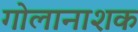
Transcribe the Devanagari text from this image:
गोलानाशक